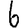
Digit: 6